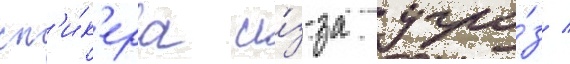
сп'и́к'ера и́з-за угро́з /